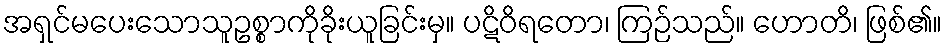
အရှင်မပေးသောသူဥစ္စာကိုခိုးယူခြင်းမှ။ ပဋိဝိရတော၊ ကြဉ်သည်။ ဟောတိ၊ ဖြစ်၏။